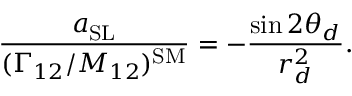
\frac { a _ { \mathrm { S L } } } { ( \Gamma _ { 1 2 } / M _ { 1 2 } ) ^ { \mathrm { S M } } } = - \frac { \sin 2 \theta _ { d } } { r _ { d } ^ { 2 } } .